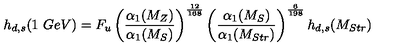
h _ { d , s } ( 1 \ G e V ) = F _ { u } \left( \frac { \alpha _ { 1 } ( M _ { Z } ) } { \alpha _ { 1 } ( M _ { S } ) } \right) ^ { \frac { 1 2 } { 1 6 8 } } \left( \frac { \alpha _ { 1 } ( M _ { S } ) } { \alpha _ { 1 } ( M _ { S t r } ) } \right) ^ { \frac { 6 } { 1 9 8 } } h _ { d , s } ( M _ { S t r } )